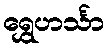
ရွှေဟင်္သာ